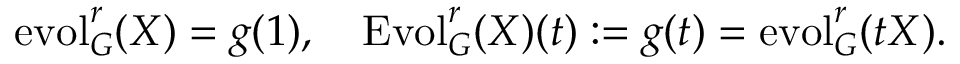
\operatorname { e v o l } _ { G } ^ { r } ( X ) = g ( 1 ) , \quad \operatorname { E v o l } _ { G } ^ { r } ( X ) ( t ) : = g ( t ) = \operatorname { e v o l } _ { G } ^ { r } ( t X ) .